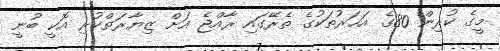
މީގެ ކުރިން 80ގެ އަހަރުތަކުގެ ތެރޭގައި ރާއްޖެ އަށް ޒިޔާރަތްކުރި އޮކީ ބުނީ